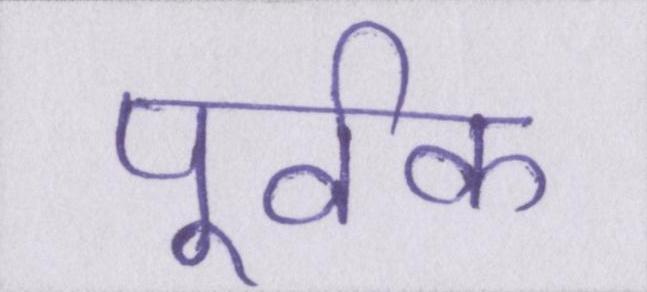
पूर्वक